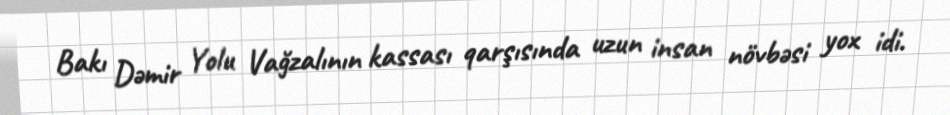
Bakı Dəmir Yolu Vağzalının kassası qarşısında uzun insan növbəsi yox idi.